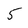
Character: 5